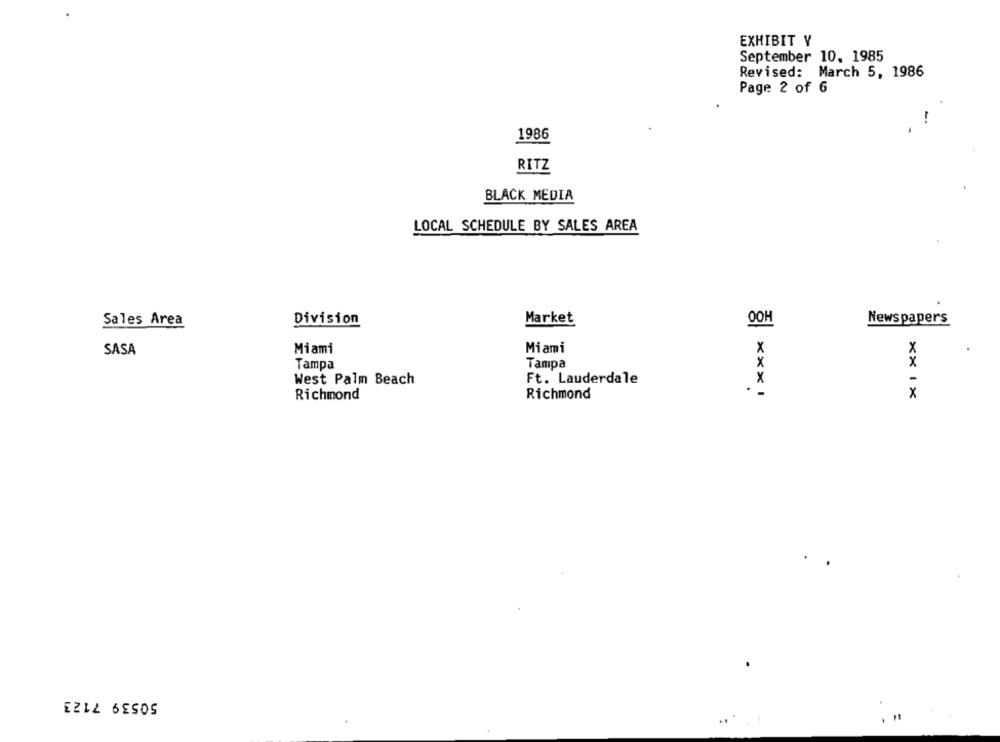
EXHIBIT Y
September 10, 1985
Revised: March 5, 1986
Page 2 of 6
1986
RITZ
BLACK MEDIA
LOCAL SCHEDULE BY SALES AREA
Market
Newspapers
Sales Area
Division
OOH
x
SASA
Miami
Miami
X
x
x
Tampa
Tampa
x
West Palm Beach
Ft. Lauderdale
Richmond
Richmond
50539 7123